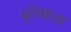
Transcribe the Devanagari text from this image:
बूरेवाला